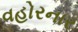
વહોરનાર